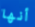
أنها